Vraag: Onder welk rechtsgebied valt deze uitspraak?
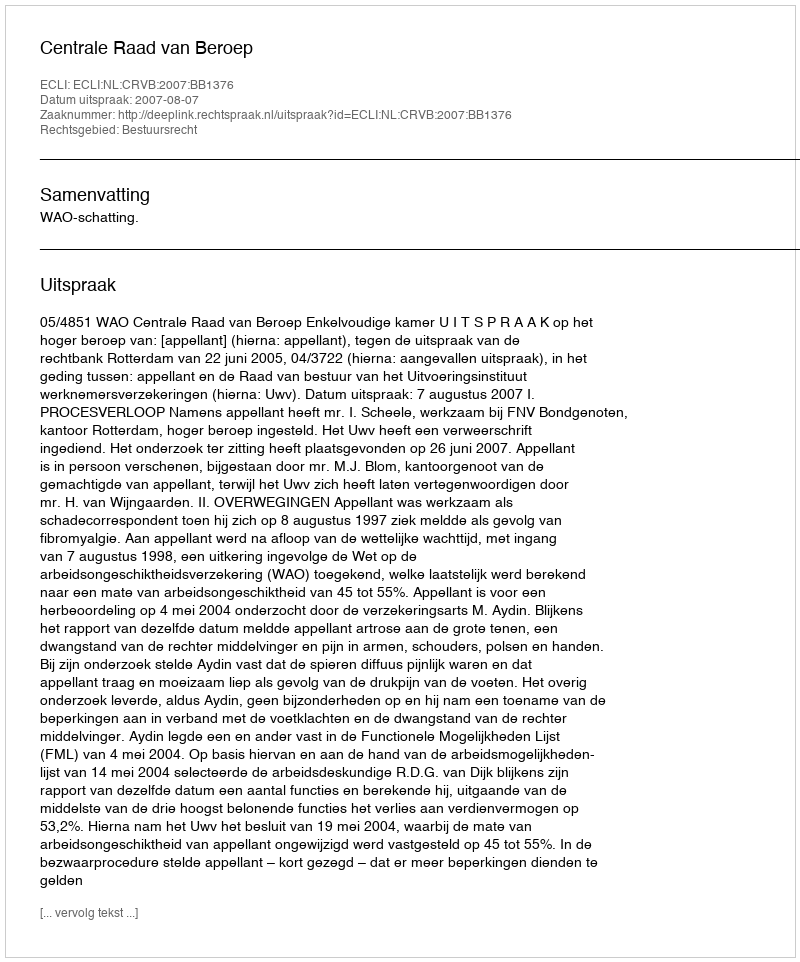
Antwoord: Bestuursrecht